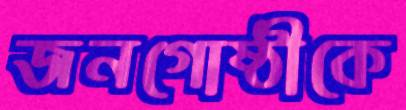
জনগোষ্ঠীকে